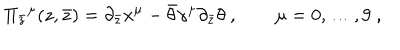
LaTeX: \Pi _ { \bar { z } } { } ^ { \mu } ( z , \bar { z } ) = \partial _ { \bar { z } } x ^ { \mu } - \bar { \theta } \gamma ^ { \mu } \partial _ { \bar { z } } \theta \ , \qquad \mu = 0 , \dots , 9 \ ,